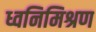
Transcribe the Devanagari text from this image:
ध्वनिमिश्रण